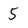
Character: 5